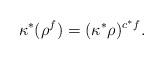
LaTeX: \begin{align*}\kappa^*(\rho^f)=(\kappa^*\rho)^{c^*f}.\end{align*}